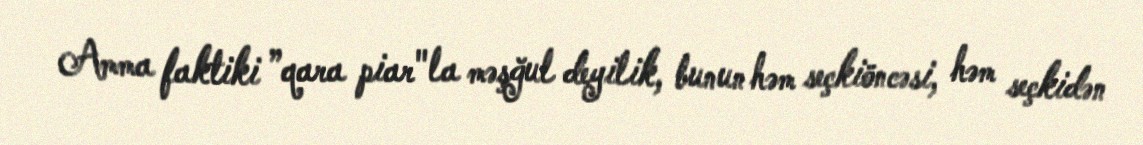
Amma faktiki ”qara piar"la məşğul deyilik, bunun həm seçkiöncəsi, həm seçkidən